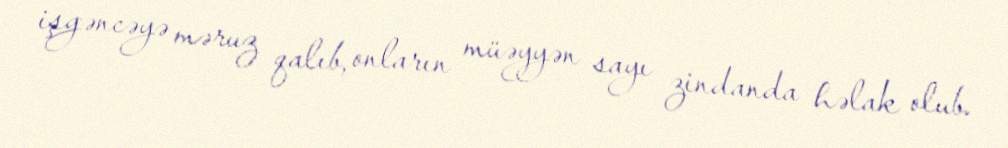
işgəncəyə məruz qalıb, onların müəyyən sayı zindanda həlak olub.